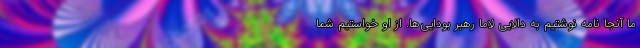
ما آنجا نامه نوشتیم به دالایی لاما رهبر بودایی‌ها. از او خواستیم شما